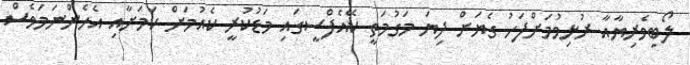
ލޯބިވެރިޔާއާ ރުޅިވުމަށްފަހު ގެޔަށް ދިޔަ މަގުމަތީ ކޭއެފްސީގައި މަޑުކުރީ ކެއުމަށް ކަމަށާއި އެހެންނަމަވެސް